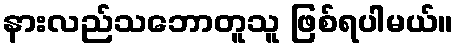
နားလည်သဘောတူသူ ဖြစ်ရပါမယ်။